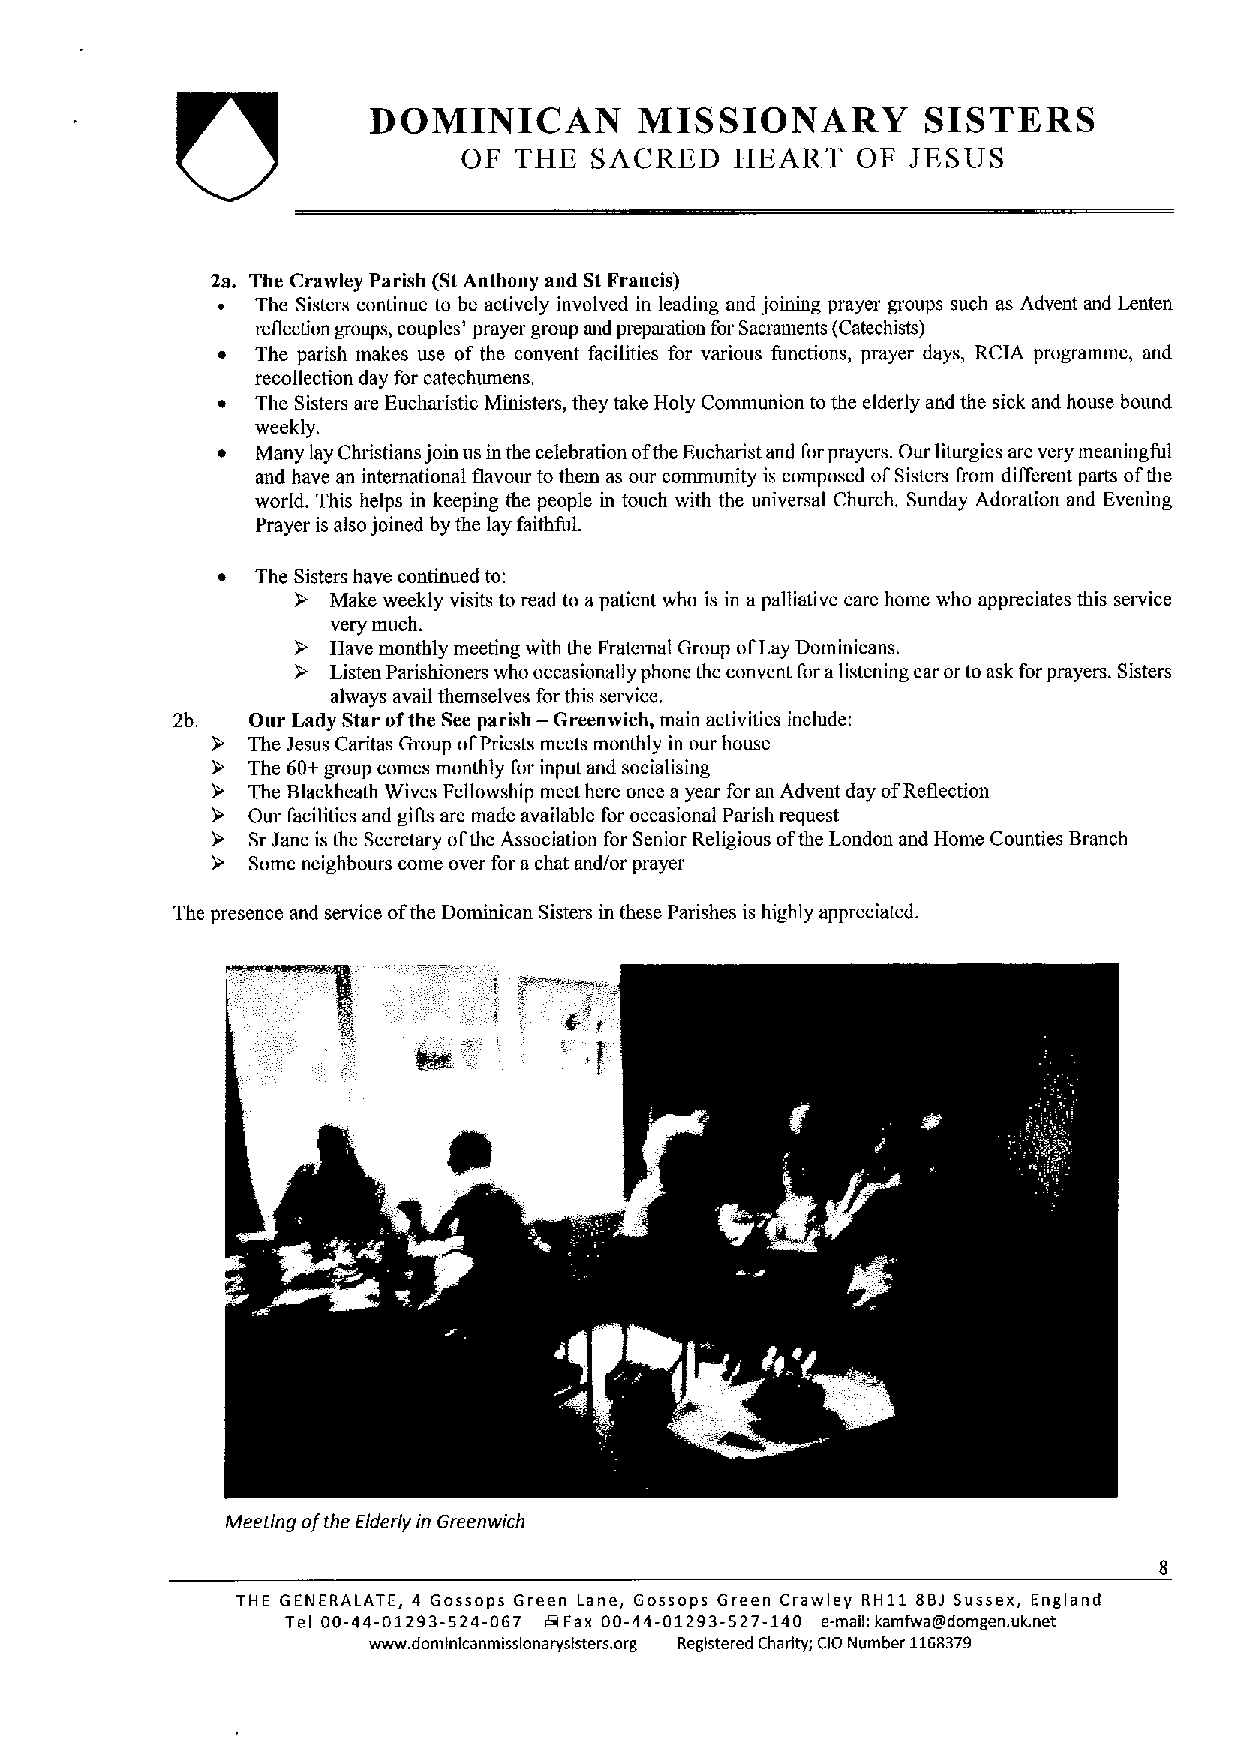
DOMINICAN         MISSIONARY         SISTERS
 OF THE  SACRED    HEART   OF JESUS
 2a. The Crawley Parish (StAnthony and St Francis)
 ~  The Sisters continue to be actively involved in leading and joining prayer groups such as Advent and Lenten
 reflection groups, couples' prayer group and preparation for Sacraments (Catechists)
 ~  The parish makes use of the convent facilities for various functions, prayer days, RCIA progrannne, and
 recollection day for catechumens.
 ~  The Sisters are Eucharistic Ministers, they take Holy Communion to the elderly and the sick and house bound
 weekly.
 ~  Many lay Christians join us in the celebration ofthe Eucharist and forprayers. Our liturgies are very meaningful
 and have an international flavour to them as our community is composed ofSisters Irom different parts ofthe
 world. This helps in keeping the people in touch with the universal Church. Sunday Adoration and Evening
 Prayer is also joined by the lay faithful.
 The Sisters have continued to:
 Make weekly visits to read to apatient who is in a palliative care home who appreciates this service
 very much.
 Have monthly meeting with the Fraternal Group ofLay Dominicans.
 Listen Parishioners who occasionally phone the convent foralistening ear orto ask forprayers. Sisters
 always avail themselves for this service.
 2b.  Our Lady Star ofthe See parish — Greenwich, main activities include:
 The Jesus Caritas Group ofPriests meets monthly in our house
 The 60+group comes monthly for input and socialising
 The Blackheath Wives Fellowship meet here once a year for an Advent day ofReflection
 Our facilities and gifts are made available for occasional Parish request
 SrJane is the Secretary ofthe Association for Senior Religious ofthe London and Home Counties Branch
 Some neighbours come over for achat and/or prayer
 The presence and service ofthe Dominican Sisters in these Parishes is highly appreciated.
 Meeting ofthe Elderlyin Greenwich
 THE 0ENERALATE, 4 Gossops Green Lane, Gossops Green Crawley RH11 BBJ Sussex, England
 Tel 00-44-01293-524-067 rg Fax 00-44-01293-527-140 e-mag; kamfwaldomgen. uk.net
 www.domlnlcanmlsslonaryslsters. org Registered Charity; CIO Number 1168379